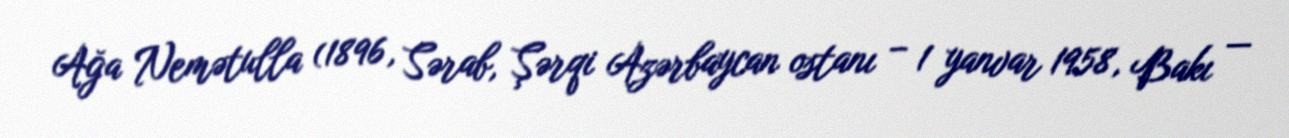
Ağa Nemətulla (1896, Sərab, Şərqi Azərbaycan ostanı – 1 yanvar 1958, Bakı —